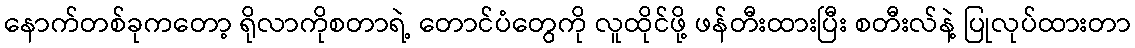
နောက်တစ်ခုကတော့ ရိုလာကိုစတာရဲ့ တောင်ပံတွေကို လူထိုင်ဖို့ ဖန်တီးထားပြီး စတီးလ်နဲ့ ပြုလုပ်ထားတာ